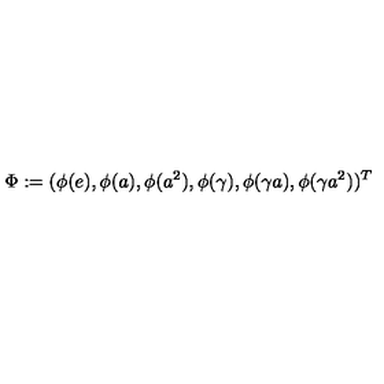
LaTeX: \Phi : = ( \phi ( e ) , \phi ( a ) , \phi ( a ^ { 2 } ) , \phi ( \gamma ) , \phi ( \gamma a ) , \phi ( \gamma a ^ { 2 } ) ) ^ { T }